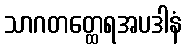
သာဂတတ္ထေရအပဒါနံ